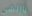
ياإلهي